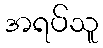
အရပ်သူ